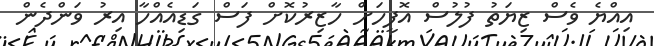
އިއްޔެ ވެސް ޒިޔަތު ފުލުސް އޮފީހަށް ހާޒިރުކޮށް ފަސް ގަޑިއެއްހާ އިރު ވަންދެން